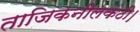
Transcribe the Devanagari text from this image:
ताजिकनीलकंठी।